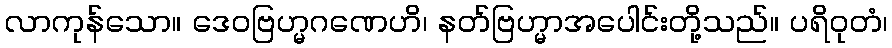
လာကုန်သော။ ဒေဝဗြဟ္မဂဏေဟိ၊ နတ်ဗြဟ္မာအပေါင်းတို့သည်။ ပရိဝုတံ၊